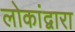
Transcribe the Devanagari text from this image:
लोकांद्वारा